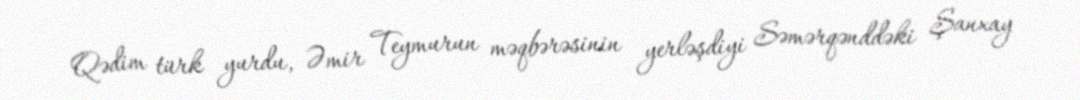
Qədim türk yurdu, Əmir Teymurun məqbərəsinin yerləşdiyi Səmərqənddəki Şanxay